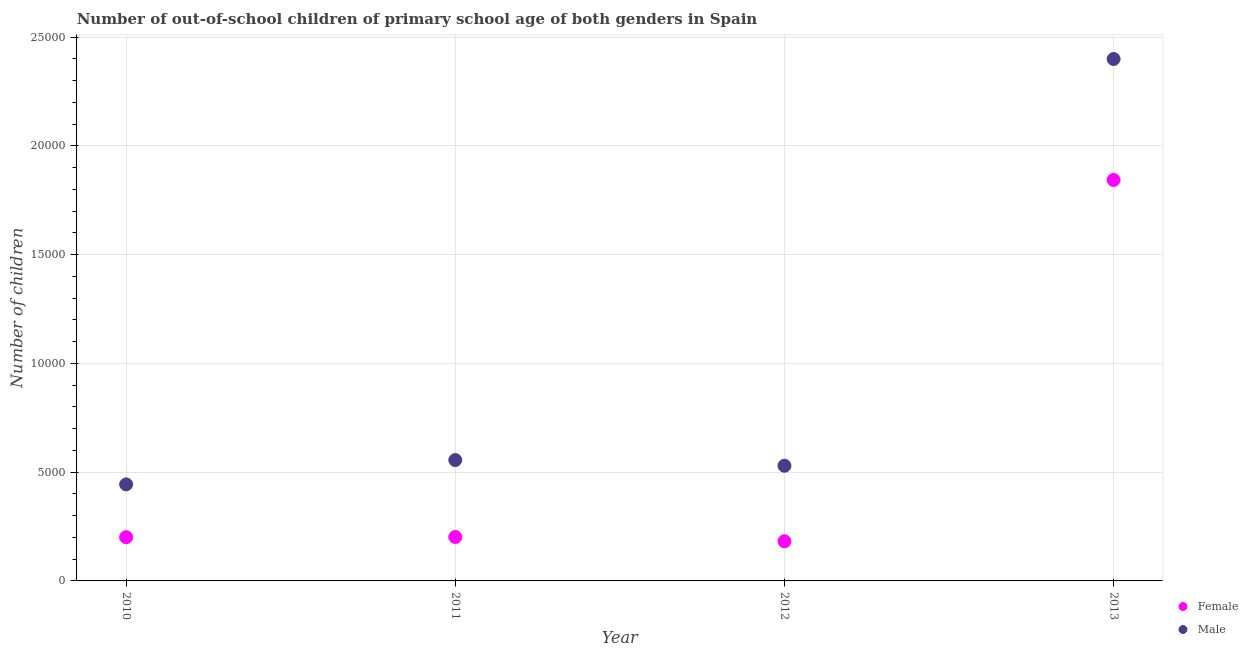
| Year | Female | Male |
 | --- | --- | --- |
 | 2010 | 2.01e+03 | 4.44e+03 |
 | 2011 | 2.02e+03 | 5.56e+03 |
 | 2012 | 1.82e+03 | 5.29e+03 |
 | 2013 | 1.84e+04 | 2.4e+04 |